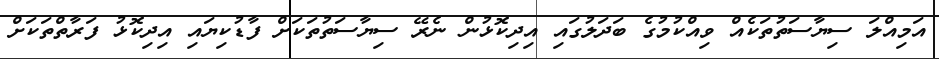
އަމިއްލަ ސިޔާސަތުތަކެއް ވިއްކުމުގެ ބަދަލުގައި އިދިކޮޅުން ނެރޭ ސިޔާސަތުތަކަށް ފާޑުކިޔައި އިދިކޮޅު ފަރާތްތަކަށް